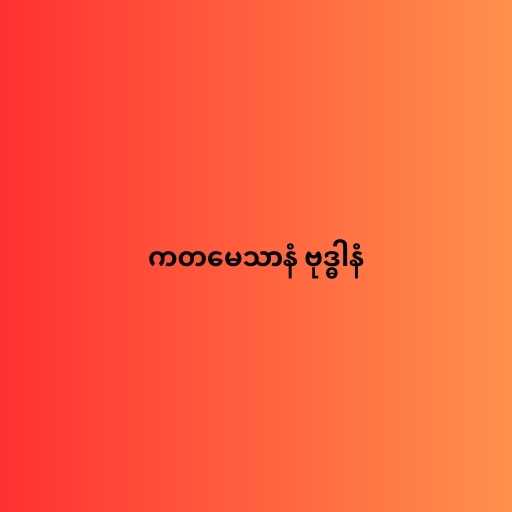
ကတမေသာနံ ဗုဒ္ဓါနံ